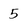
Character: 5